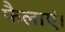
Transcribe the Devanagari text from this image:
फैलाएं।